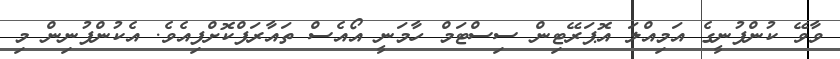
ވާވޭ ކުންފުނީގެ އަމިއްލަ އޮޕަރޭޓިން ސިސްޓަމް ހާމަނީ އޯއެސް ތައާރަފްކޮށްފިއެވެ. އެކުންފުނިން މި